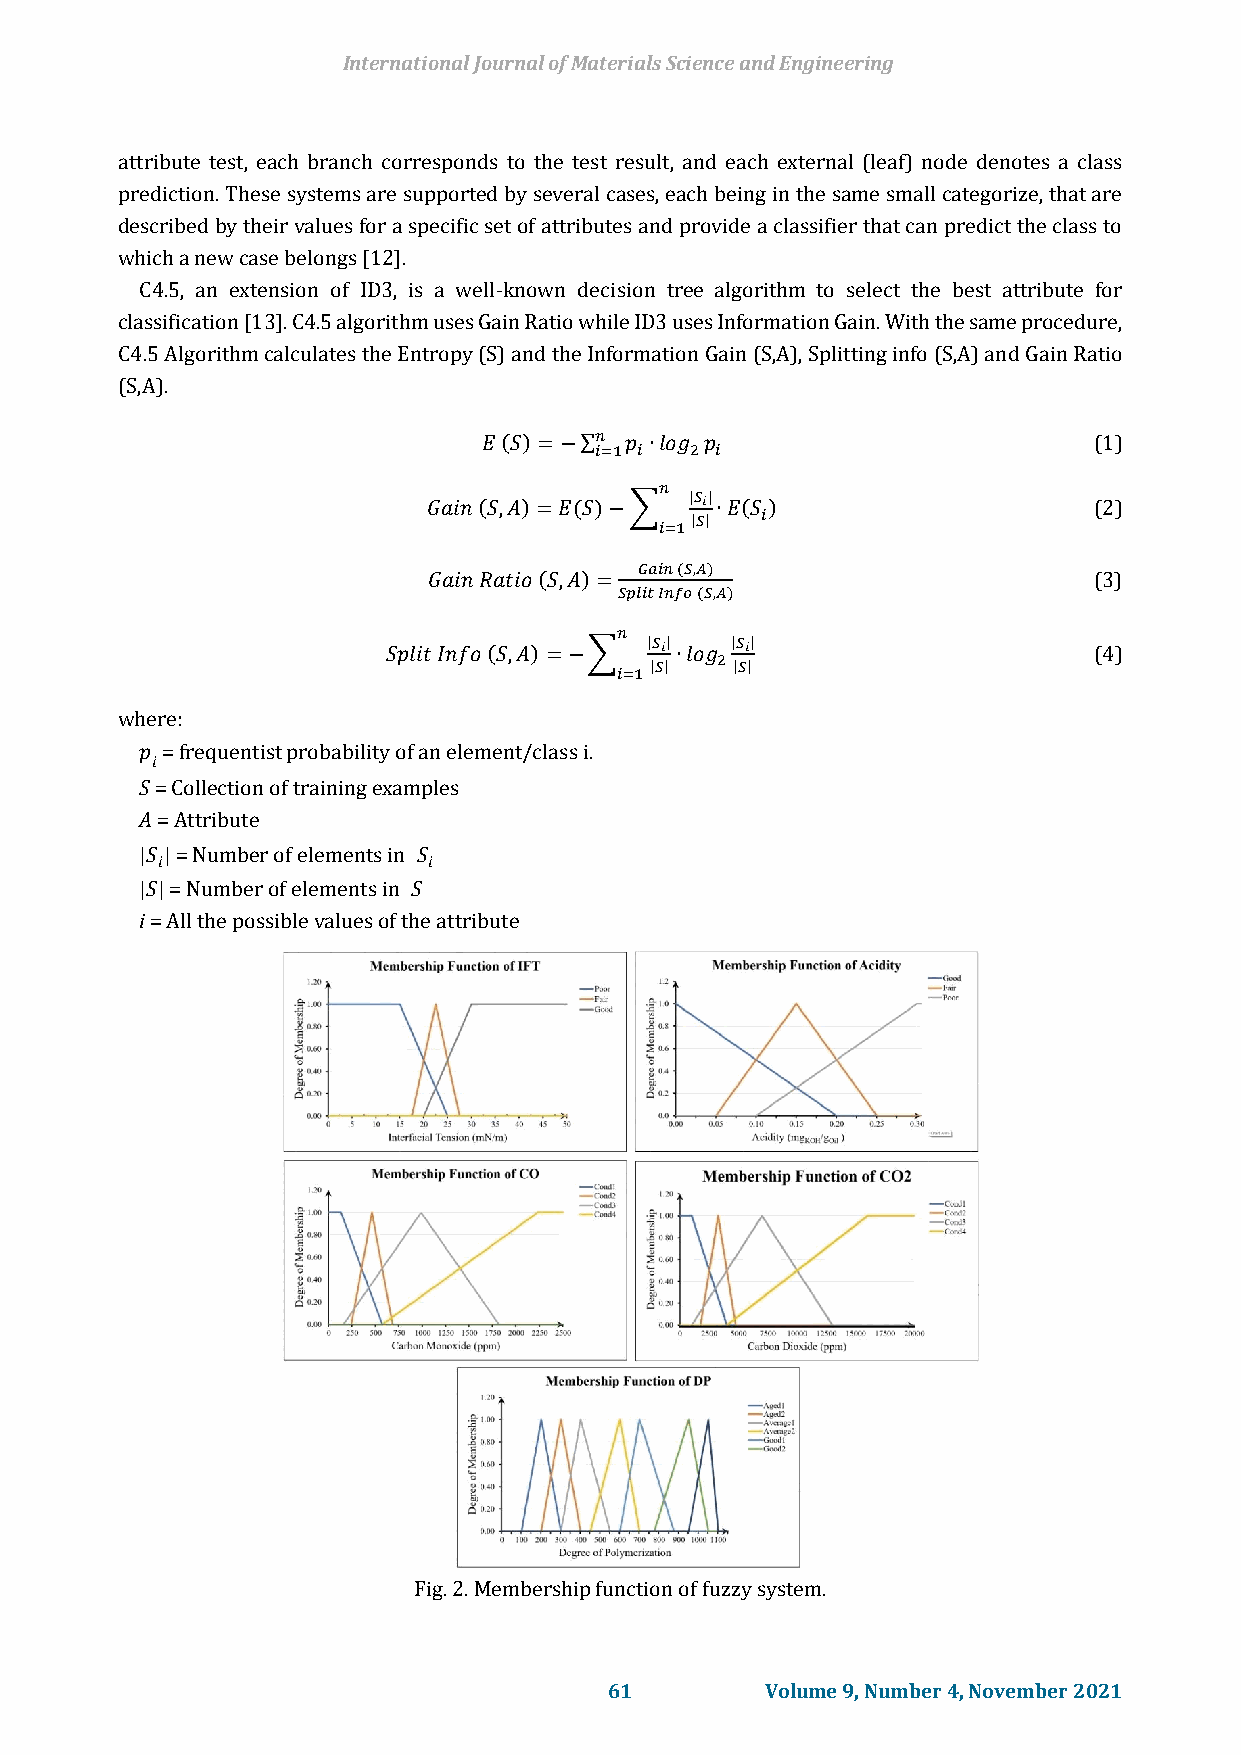
International Journal of Materials Science and Engineering
 attribute test, each branch corresponds to the test result, and each external (leaf) node denotes a class
 prediction. These systems are supported by several cases, each being in the same small categorize, that are
 described by their values for a specific set of attributes and provide a classifier that can predict the class to
 which a new case belongs [12].
 C4.5, an extension of ID3, is a well-known decision tree algorithm to select the best attribute for
 classification [13]. C4.5 algorithm uses Gain Ratio while ID3 uses Information Gain. With the same procedure,
 C4.5 Algorithm calculates the Entropy (S) and the Information Gain (S,A), Splitting info (S,A) and Gain Ratio
 (S,A).
 𝐸 (𝑆)=−∑𝑛 𝑝 ∙𝑙𝑜𝑔 𝑝                      (1)
 𝑖=1 𝑖  2 𝑖
 𝑛
 𝐺𝑎𝑖𝑛 (𝑆,𝐴)=𝐸(𝑆)−∑
 |𝑆𝑖|
 ∙𝐸(𝑆)                    (2)
 |𝑆| 𝑖
 𝑖=1
 𝐺𝑎𝑖𝑛 (𝑆,𝐴)
 𝐺𝑎𝑖𝑛 𝑅𝑎𝑡𝑖𝑜 (𝑆,𝐴)=                           (3)
 𝑆𝑝𝑙𝑖𝑡 𝐼𝑛𝑓𝑜 (𝑆,𝐴)
 𝑛
 𝑆𝑝𝑙𝑖𝑡 𝐼𝑛𝑓𝑜 (𝑆,𝐴)=−∑
 |𝑆𝑖|
 ∙𝑙𝑜𝑔
 |𝑆𝑖|
 (4)
 |𝑆| 2 |𝑆|
 𝑖=1
 where:
 𝑝 = frequentist probability of an element/class i.
 𝑖
 S = Collection of training examples
 A = Attribute
 |𝑆| = Number of elements in 𝑆
 𝑖                 𝑖
 |𝑆| = Number of elements in 𝑆
 i = All the possible values of the attribute
 Fig. 2. Membership function of fuzzy system.
 61         Volume 9, Number 4, November 2021